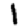
Digit: 1